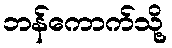
ဘန်ကောက်သို့